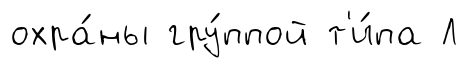
охра́ны гру́ппой т'и́па Л